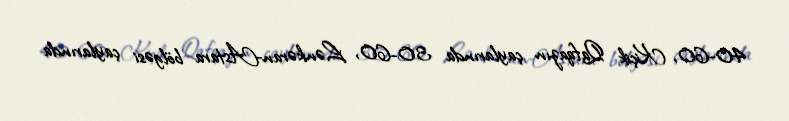
40-60, Kiçik Qafqazın çaylarında 30-60, Lənkəran-Astara bölgəsi çaylarında